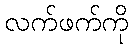
လက်ဖက်ကို